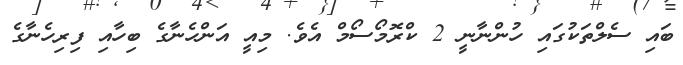
ބައި ސެލްތަކުގައި ހުންނާނީ 2 ކްރޮމޯސޯމް އެވެ. މިއީ އަންހެނާގެ ބިހާއި ފިރިހެނާގެ